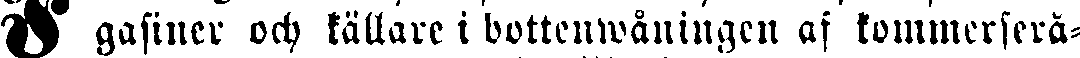
"I gasiner och källare i bottenwåningen af kommerserå-